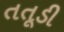
તતૂડી